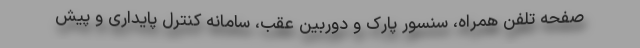
صفحه تلفن همراه، سنسور پارک و دوربین عقب، سامانه کنترل پایداری و پیش